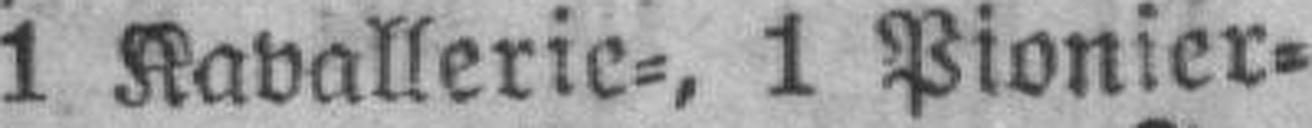
1 Kavallerie=, 1 Pionier=